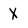
Character: X